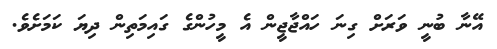
އޭނާ ބުނީ ވަރަށް ގިނަ ހައްޖާޖީން އެ މީހުންގެ ގައިމަތިން ދިޔަ ކަމަށެވެ.